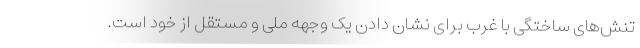
تنش­های ساختگی با غرب برای نشان دادن یک وجهه ملی و مستقل از خود است.